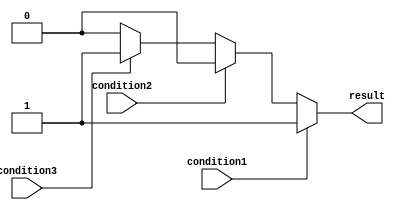
module if_else_ladder_statement (
    input wire condition1,
    input wire condition2,
    input wire condition3,
    output reg result
);

always @* begin
    if (condition1) begin
        result <= 1; // execute code block corresponding to condition1
    end
    else if (condition2) begin
        result <= 2; // execute code block corresponding to condition2
    end
    else if (condition3) begin
        result <= 3; // execute code block corresponding to condition3
    end
    else begin
        result <= 0; // default action if none of the conditions are true
    end
end

endmodule